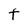
Character: t